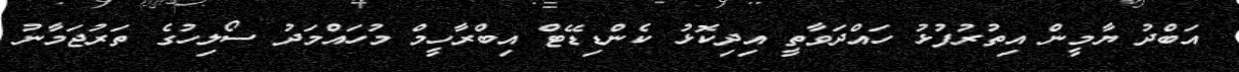
އަބްދު ޔާމީން އިތުރުފުޅު ހައްދަވާތީ އިދިކޮޅު ކެންޑިޑޭޓް އިބްރާހީމް މުހައްމަދު ސޯލިހުގެ ތަރުޖަމާނު